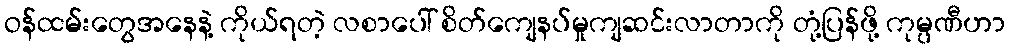
ဝန်ထမ်းတွေအနေနဲ့ ကိုယ်ရတဲ့ လစာပေါ် စိတ်ကျေနပ်မှုကျဆင်းလာတာကို တုံ့ပြန်ဖို့ ကုမ္ပဏီဟာ